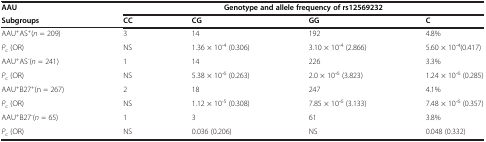
<table><thead><tr><td><b>AAU</b></td><td colspan="4"><b>Genotype and allele frequency of rs12569232</b></td></tr></thead><tbody><tr><td><b>Subgroups</b></td><td><b>CC</b></td><td><b>CG</b></td><td><b>GG</b></td><td><b>C</b></td></tr><tr><td>AAU<sup>+</sup>AS<sup>+</sup>(<i>n</i> = 209)</td><td>3</td><td>14</td><td>192</td><td>4.8%</td></tr><tr><td><i>P</i><sub>c</sub> (OR)</td><td>NS</td><td>1.36 × 10<sup>-4</sup> (0.306)</td><td>3.10 × 10<sup>-4</sup> (2.866)</td><td>5.60 × 10<sup>-4</sup>(0.417)</td></tr><tr><td>AAU<sup>+</sup>AS<sup>-</sup>(<i>n</i> = 241)</td><td>1</td><td>14</td><td>226</td><td>3.3%</td></tr><tr><td><i>P</i><sub>c</sub> (OR)</td><td>NS</td><td>5.38 × 10<sup>-6</sup> (0.263)</td><td>2.0 × 10<sup>-6</sup> (3.823)</td><td>1.24 × 10<sup>-6</sup> (0.285)</td></tr><tr><td>AAU<sup>+</sup>B27<sup>+</sup>(n = 267)</td><td>2</td><td>18</td><td>247</td><td>4.1%</td></tr><tr><td><i>P</i><sub>c</sub> (OR)</td><td>NS</td><td>1.12 × 10<sup>-5</sup> (0.308)</td><td>7.85 × 10<sup>-6</sup> (3.133)</td><td>7.48 × 10<sup>-6</sup> (0.357)</td></tr><tr><td>AAU<sup>+</sup>B27<sup>-</sup>(<i>n</i> = 65)</td><td>1</td><td>3</td><td>61</td><td>3.8%</td></tr><tr><td><i>P</i><sub>c</sub> (OR)</td><td>NS</td><td>0.036 (0.206)</td><td>NS</td><td>0.048 (0.332)</td></tr></tbody></table>